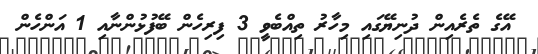
އޭގެ ތެރެއިން ދުނިޔޭގައި މިހާރު ތިއްބެވީ 3 ފިރިހެން ބޭފުޅުންނާއި 1 އަންހެން